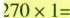
$$270×1=$$